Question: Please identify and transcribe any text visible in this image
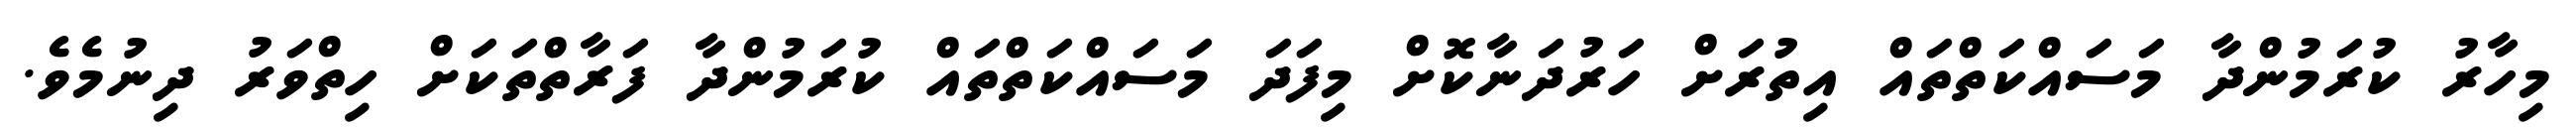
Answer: މިހާރު ކުރަމުންދާ މަސައްކަތްތައް އިތުރަށް ހަރުދަނާކޮށް މިފަދަ މަސައްކަތްތައް ކުރަމުންދާ ފަރާތްތަކަށް ހިތްވަރު ދިނުމެވެ.